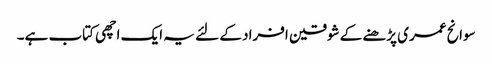
سوانح عمری پڑھنے کے شوقین افراد کے لئے یہ ایک اچھی کتاب ہے۔